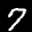
Label: 7